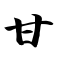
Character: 甘